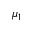
\mu _ { 1 }